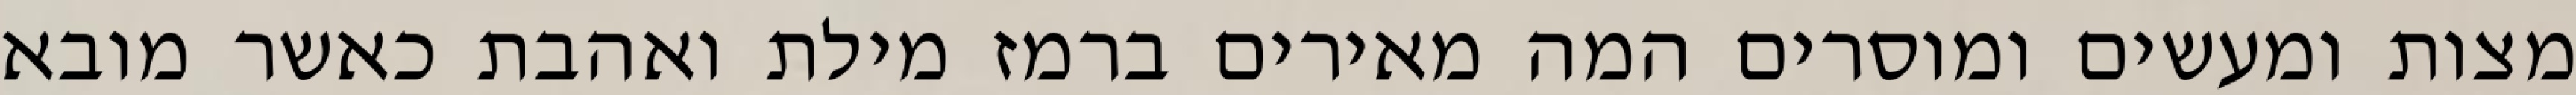
מצות ומעשים ומוסרים המה מאירים ברמז מילת ואהבת כאשר מובא